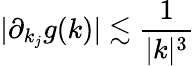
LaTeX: |\partial_{k_{j}}g(k)|\lesssim\frac{1}{|k|^{3}}